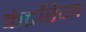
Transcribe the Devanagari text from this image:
कंटरिया